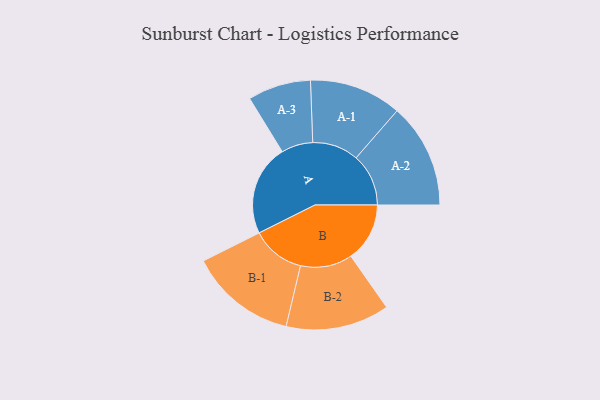
{"axis": {"x": "Segment", "y": "Value"}, "legend": ["", "A", "B"], "data": [{"x": "A", "y": 467, "type": ""}, {"x": "B", "y": 302, "type": ""}, {"x": "A-1", "y": 237, "type": "A"}, {"x": "A-2", "y": 269, "type": "A"}, {"x": "A-3", "y": 162, "type": "A"}, {"x": "B-1", "y": 275, "type": "B"}, {"x": "B-2", "y": 266, "type": "B"}]}